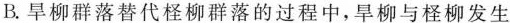
B.旱柳群落替代柽柳群落的过程中，旱柳与柽柳发生